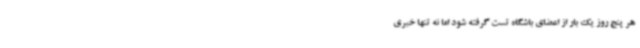
هر پنج روز یک بار از اعضای باشگاه تست گرفته شود اما نه‌ تنها خبری